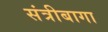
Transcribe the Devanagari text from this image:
संत्रीबागा